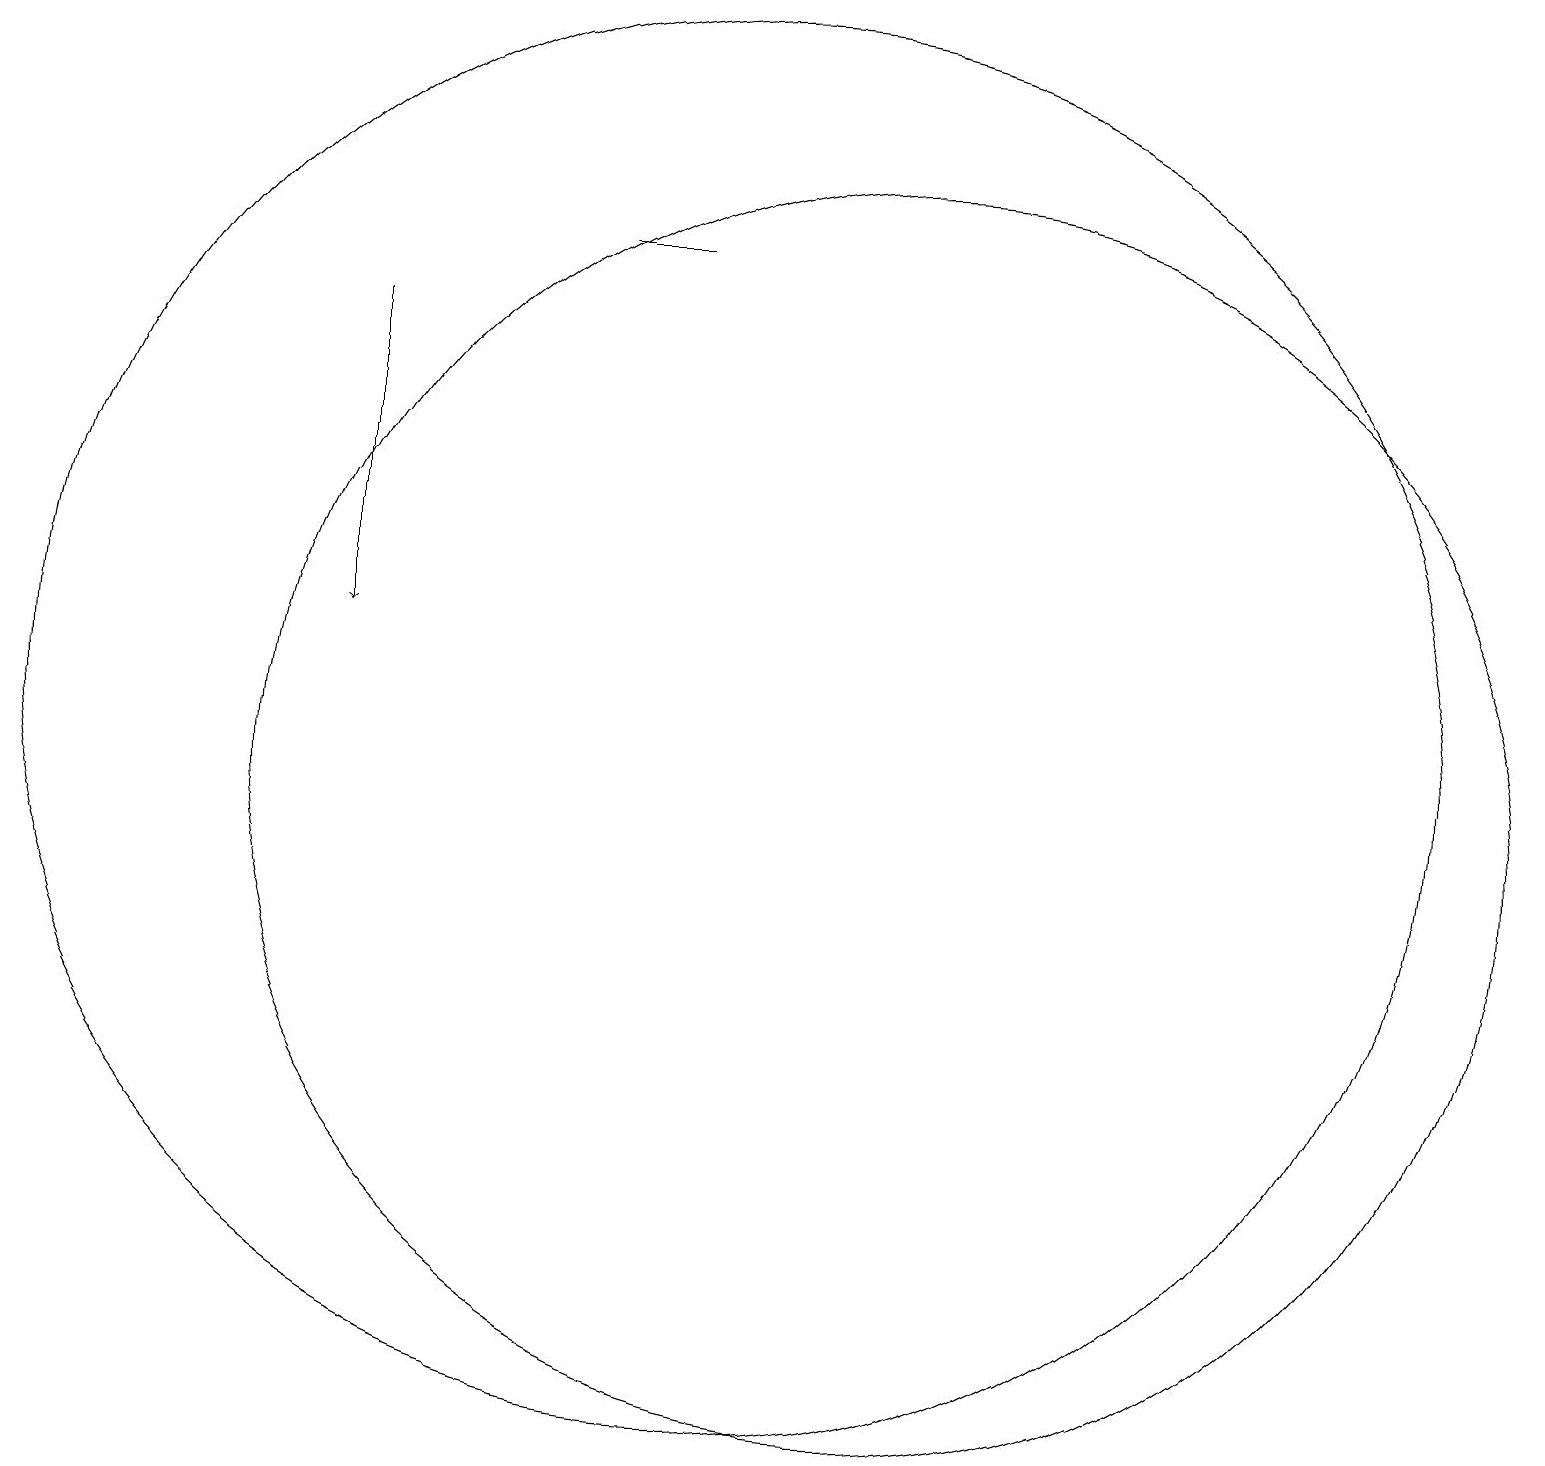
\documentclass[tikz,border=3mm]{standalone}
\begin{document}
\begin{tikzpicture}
\draw (12,11) circle (8);
\draw (10,12) circle (9);
\draw (9,18) rectangle (8,18);
\draw[->] (5,17) -- (5,13);
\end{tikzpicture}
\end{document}